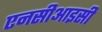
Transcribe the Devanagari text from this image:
एनसीआइसी